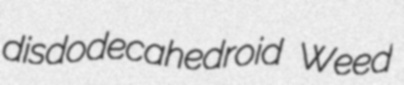
disdodecahedroid Weed